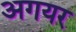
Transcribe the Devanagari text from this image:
अगयर